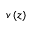
v \left( z \right)